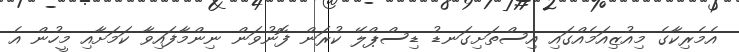
އެމެރިކާގެ މިއުޒިއަމެއްގައި އިސްތަށިގަނޑު ޑިސްޕްލޭ ކުރަން ފޮނުވަން ނިންމާފައިވާ ކަމަށާއި މީހުން އެ